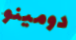
دومينو